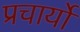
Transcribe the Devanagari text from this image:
प्रचार्यो